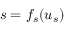
s = f _ { s } ( u _ { s } )